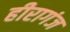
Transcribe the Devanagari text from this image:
हीरागंज